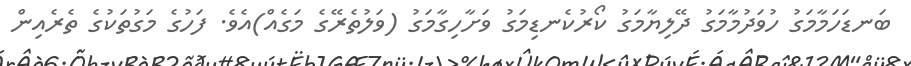
ބަނޑަހަމާމަގު ހުވަދުމާމަގު ދޭލިޔާމަގު ކޯރުކެނޑިމަގު ވަށާހިގާމަގު (ވަލުތެރޭގެ މަގެއް)އެވެ. ފަހުގެ މަގުތަކުގެ ތެރެއިން